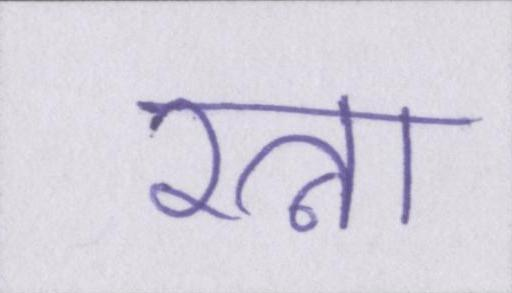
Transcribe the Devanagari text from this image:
रत्ना